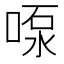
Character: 𫪴